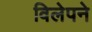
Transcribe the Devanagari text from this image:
विलेपने